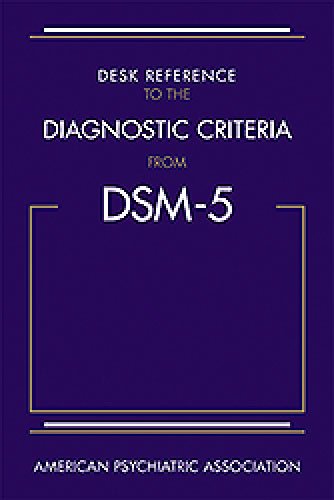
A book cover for Desk Reference to the Diagnostic Criteria from DSM-5(TM); American Psychiatric Association; Medical Books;